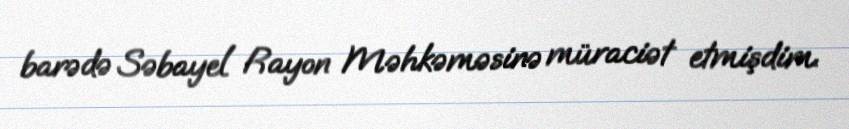
barədə Səbayel Rayon Məhkəməsinə müraciət etmişdim.